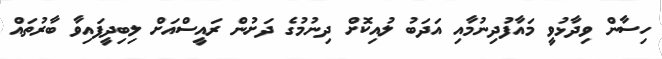
ހިސާން ވިދާޅުވީ މައާފުދިނުމާއި އަދަބު ލުއިކޮށް ދިނުމުގެ ދަށުން ރައީސްއަށް ލިބިދީފައިވާ ބާރުތައް